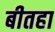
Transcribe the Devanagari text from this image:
बीतहा